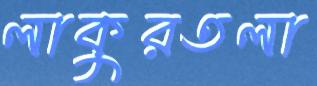
লাকুরতলা